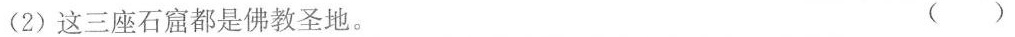
(2)这三座石窟都是佛教圣地。 ()